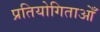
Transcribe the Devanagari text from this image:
प्रतियोगिताओँ